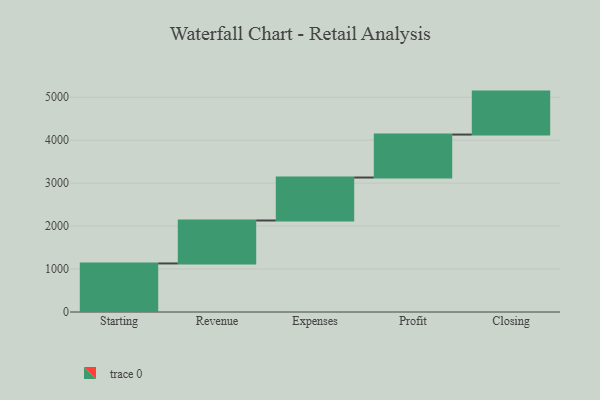
{"axis": {"x": "Step", "y": "Value"}, "legend": [""], "data": [{"x": "Starting", "y": 1130.0, "type": ""}, {"x": "Revenue", "y": 1000, "type": ""}, {"x": "Expenses", "y": 1000, "type": ""}, {"x": "Profit", "y": 1000, "type": ""}, {"x": "Closing", "y": 1000, "type": ""}]}